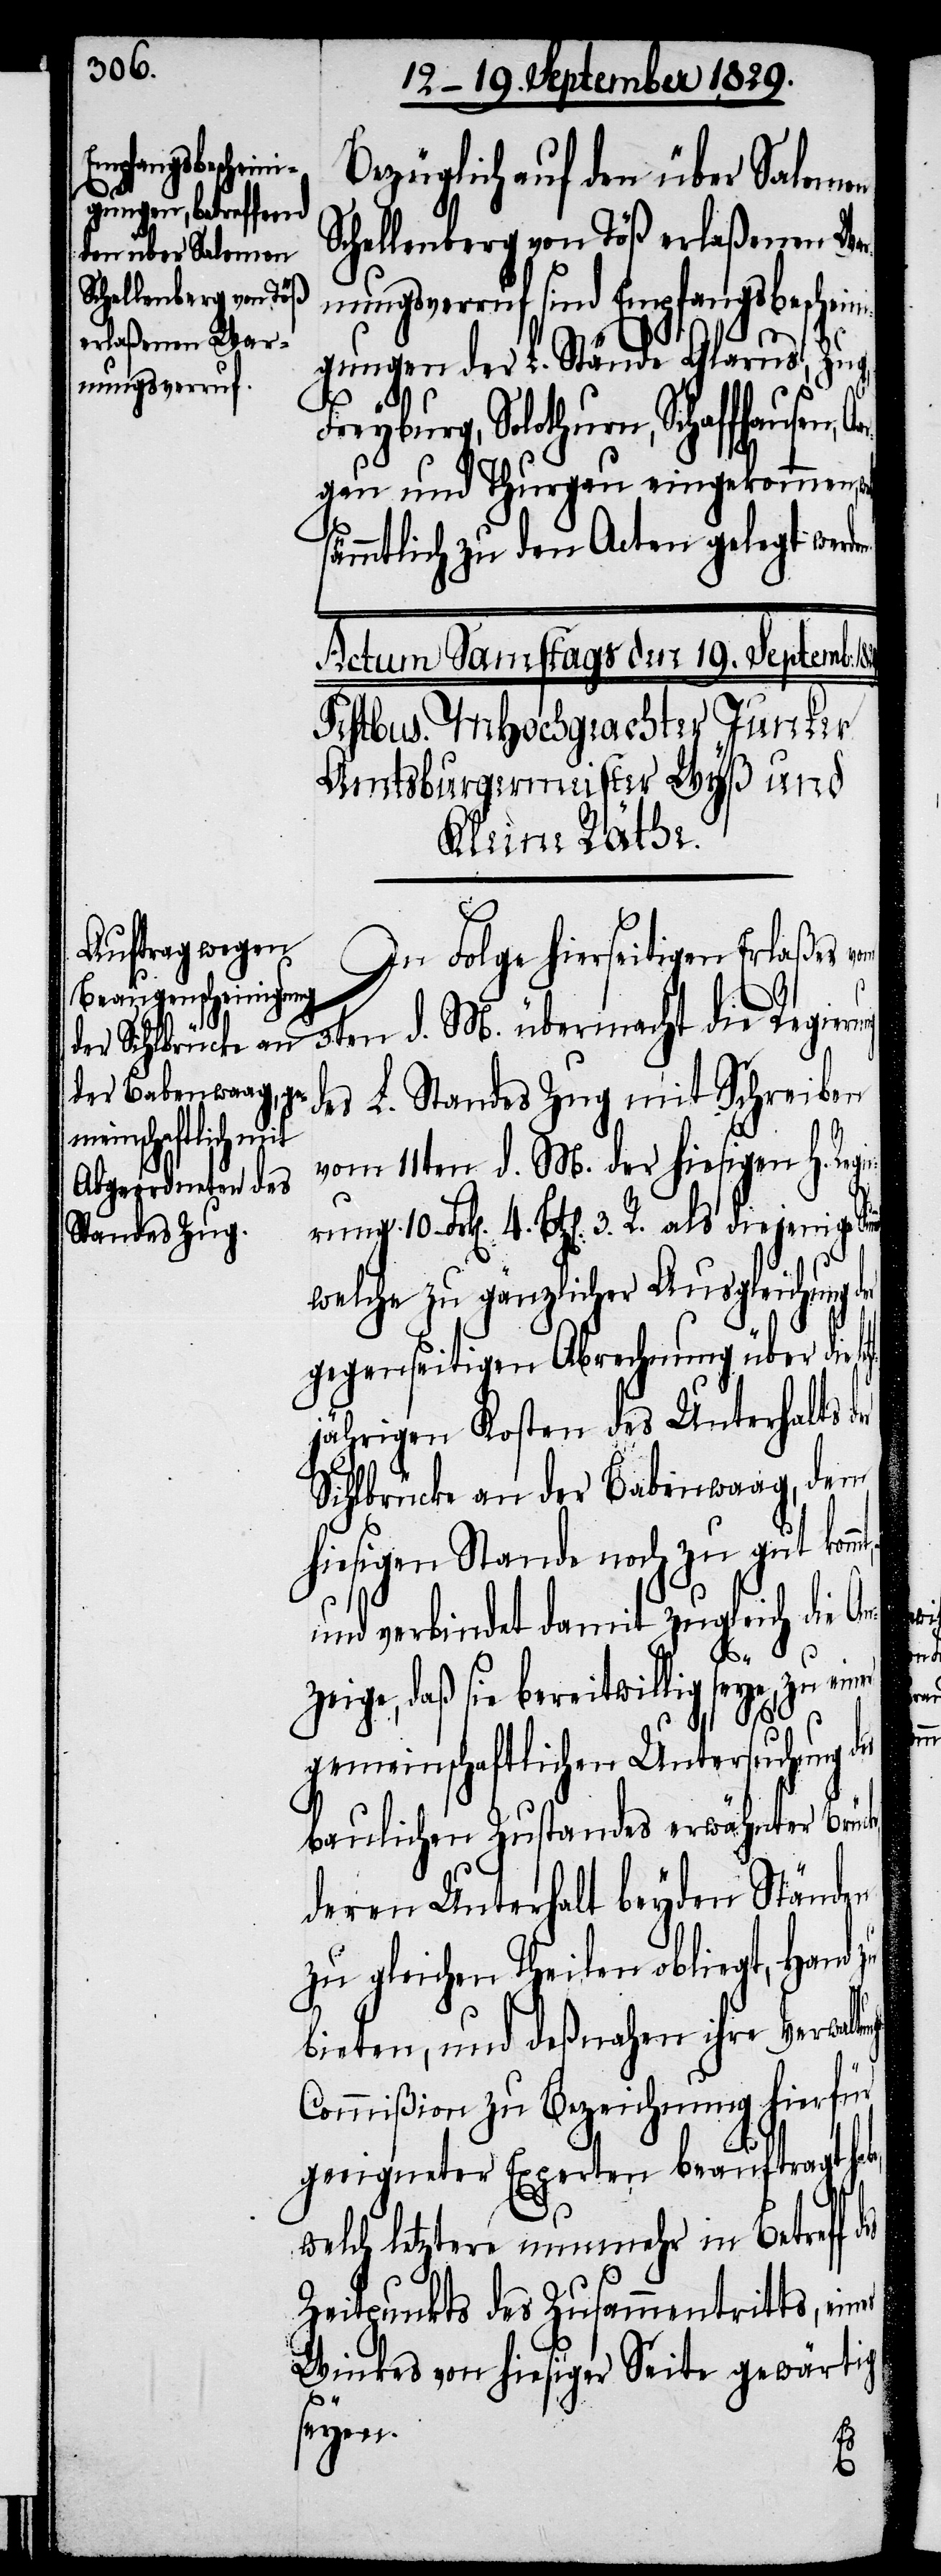
Bezüglich auf den über Salomon
Schellenberg von Töß erlaßenen War¬
nungsverruf sind Empfangsbeschein¬
igungen der L. Stände Glarus, Zug,
Freyburg, Solothurn, Schaffhausen,
gau und Thurgau eingekommen,
sämmtlich zu den Acten gelegt werde¬
In Folge hierseitigen Erlaßes vom
3ten d. M. übermacht die Regieru¬
des L. Standes Zug mit Schreiben
vom 11ten d. M. der hiesigen H. Regi¬
k[en]. 4. Btz[en]. 3. R. als diejenige
welche zu gänzlicher Ausgleichung der
gegenseitigen Abrechnung über die l¬
jährigen Kosten des Unterhalts
Sihlbrücke an der Babenwaag, dem
hiesigen Stande noch zu gut kom¬
und verbindet damit zugleich die A¬
ung¬
nzeige, daß sie bereitwillig seye, zu ei¬
gemeinschaftlichen Untersuchung d¬
baulichen Zustandes erwähnter Brüc¬
deren Unterhalt beyden Ständen
zu gleichen Theilen obliegt, Hand zu
bieten, und deßnahen ihre Verwalt¬
ommißion zu Bezeichnung hierfür
geeigneter Experten beauftragt hab¬
welch letztere nunmehr in Betreff
Zeitpunktes des Zusammentritts, ein¬
Winkes von hiesiger Seite gewärtig
seyen.
ng
es